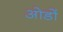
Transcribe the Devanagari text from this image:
ओडों